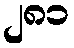
၂၈၁